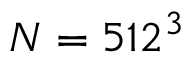
N = 5 1 2 ^ { 3 }